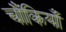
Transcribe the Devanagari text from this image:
चौंकियाँ